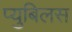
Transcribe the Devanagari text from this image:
प्युबिलस